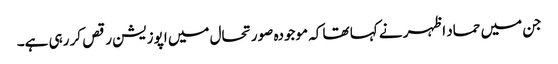
جن میں حماد اظہر نے کہا تھا کہ موجودہ صورتحال میں اپوزیشن رقص کر رہی ہے۔